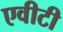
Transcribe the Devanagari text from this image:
एवीटी